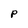
Character: P